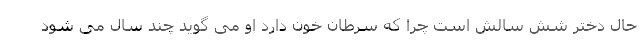
حال دختر شش سالش است چرا که سرطان خون دارد او می گوید چند سال می شود